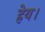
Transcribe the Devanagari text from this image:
हेय।